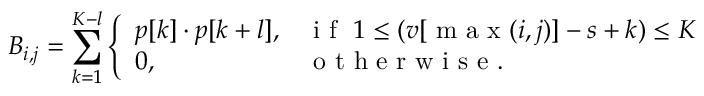
B _ { i , j } = \sum _ { k = 1 } ^ { K - l } \left\{ \begin{array} { l l } { p [ k ] \cdot p [ k + l ] , } & { \mathrm { ~ i ~ f ~ } \; 1 \leq ( v [ \mathrm { ~ m ~ a ~ x ~ } ( i , j ) ] - s + k ) \leq K } \\ { 0 , } & { \mathrm { ~ o ~ t ~ h ~ e ~ r ~ w ~ i ~ s ~ e ~ } . } \end{array} \right.